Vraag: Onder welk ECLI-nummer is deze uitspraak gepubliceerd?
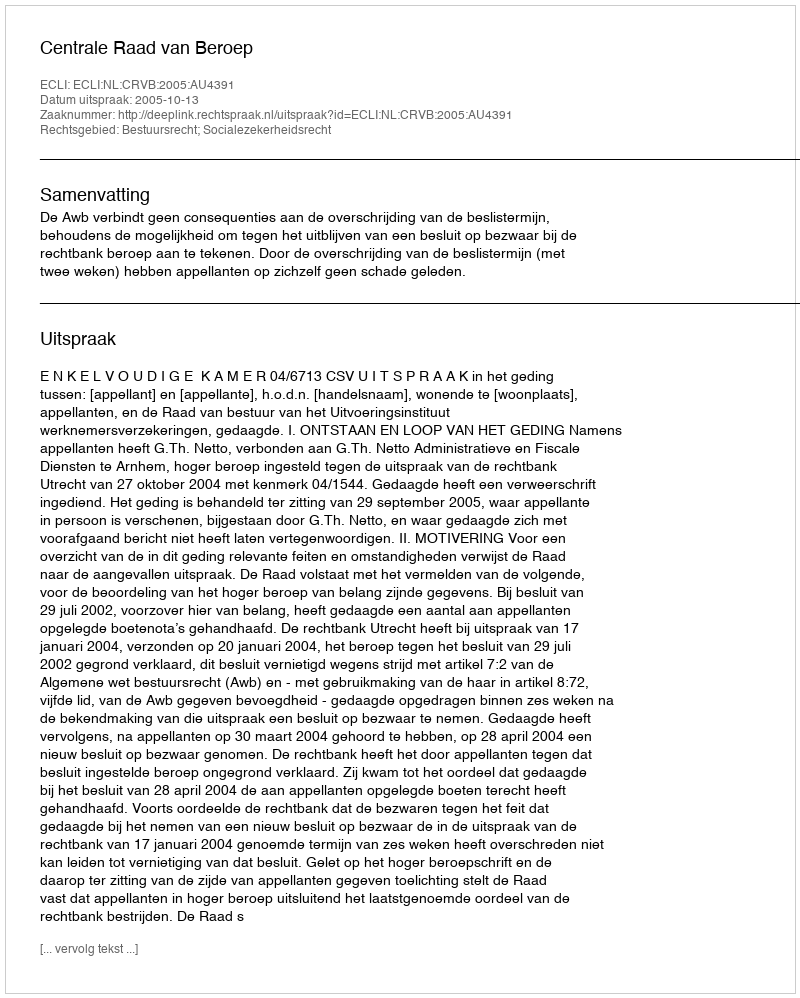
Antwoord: ECLI:NL:CRVB:2005:AU4391